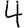
Digit: 4